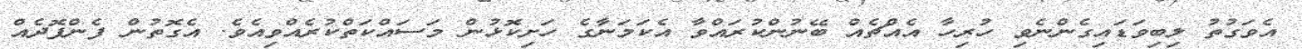
އެވަގުތު ލިބިވަޑައިގެންނެވި ހުރިހާ އެއްޗެއް ބޭނުންކުރައްވާ އެކަމަނާގެ ހަށިކޮޅުން މަސައްކަތްކުރެއްވިއެވެ. އެގޮތުން ފެންފޮދެއް